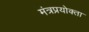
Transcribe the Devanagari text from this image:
मंत्रप्रयोक्ता